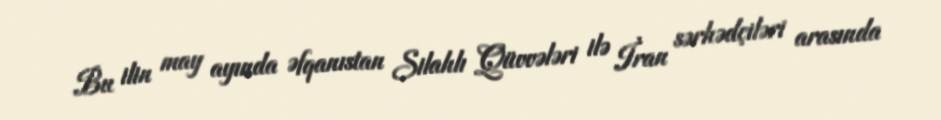
Bu ilin may ayında Əfqanıstan Silahlı Qüvvələri ilə İran sərhədçiləri arasında